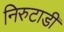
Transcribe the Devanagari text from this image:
निरुटाडी